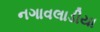
નગાવલાડીયા